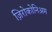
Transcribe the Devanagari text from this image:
ज़िरोकोनिअम